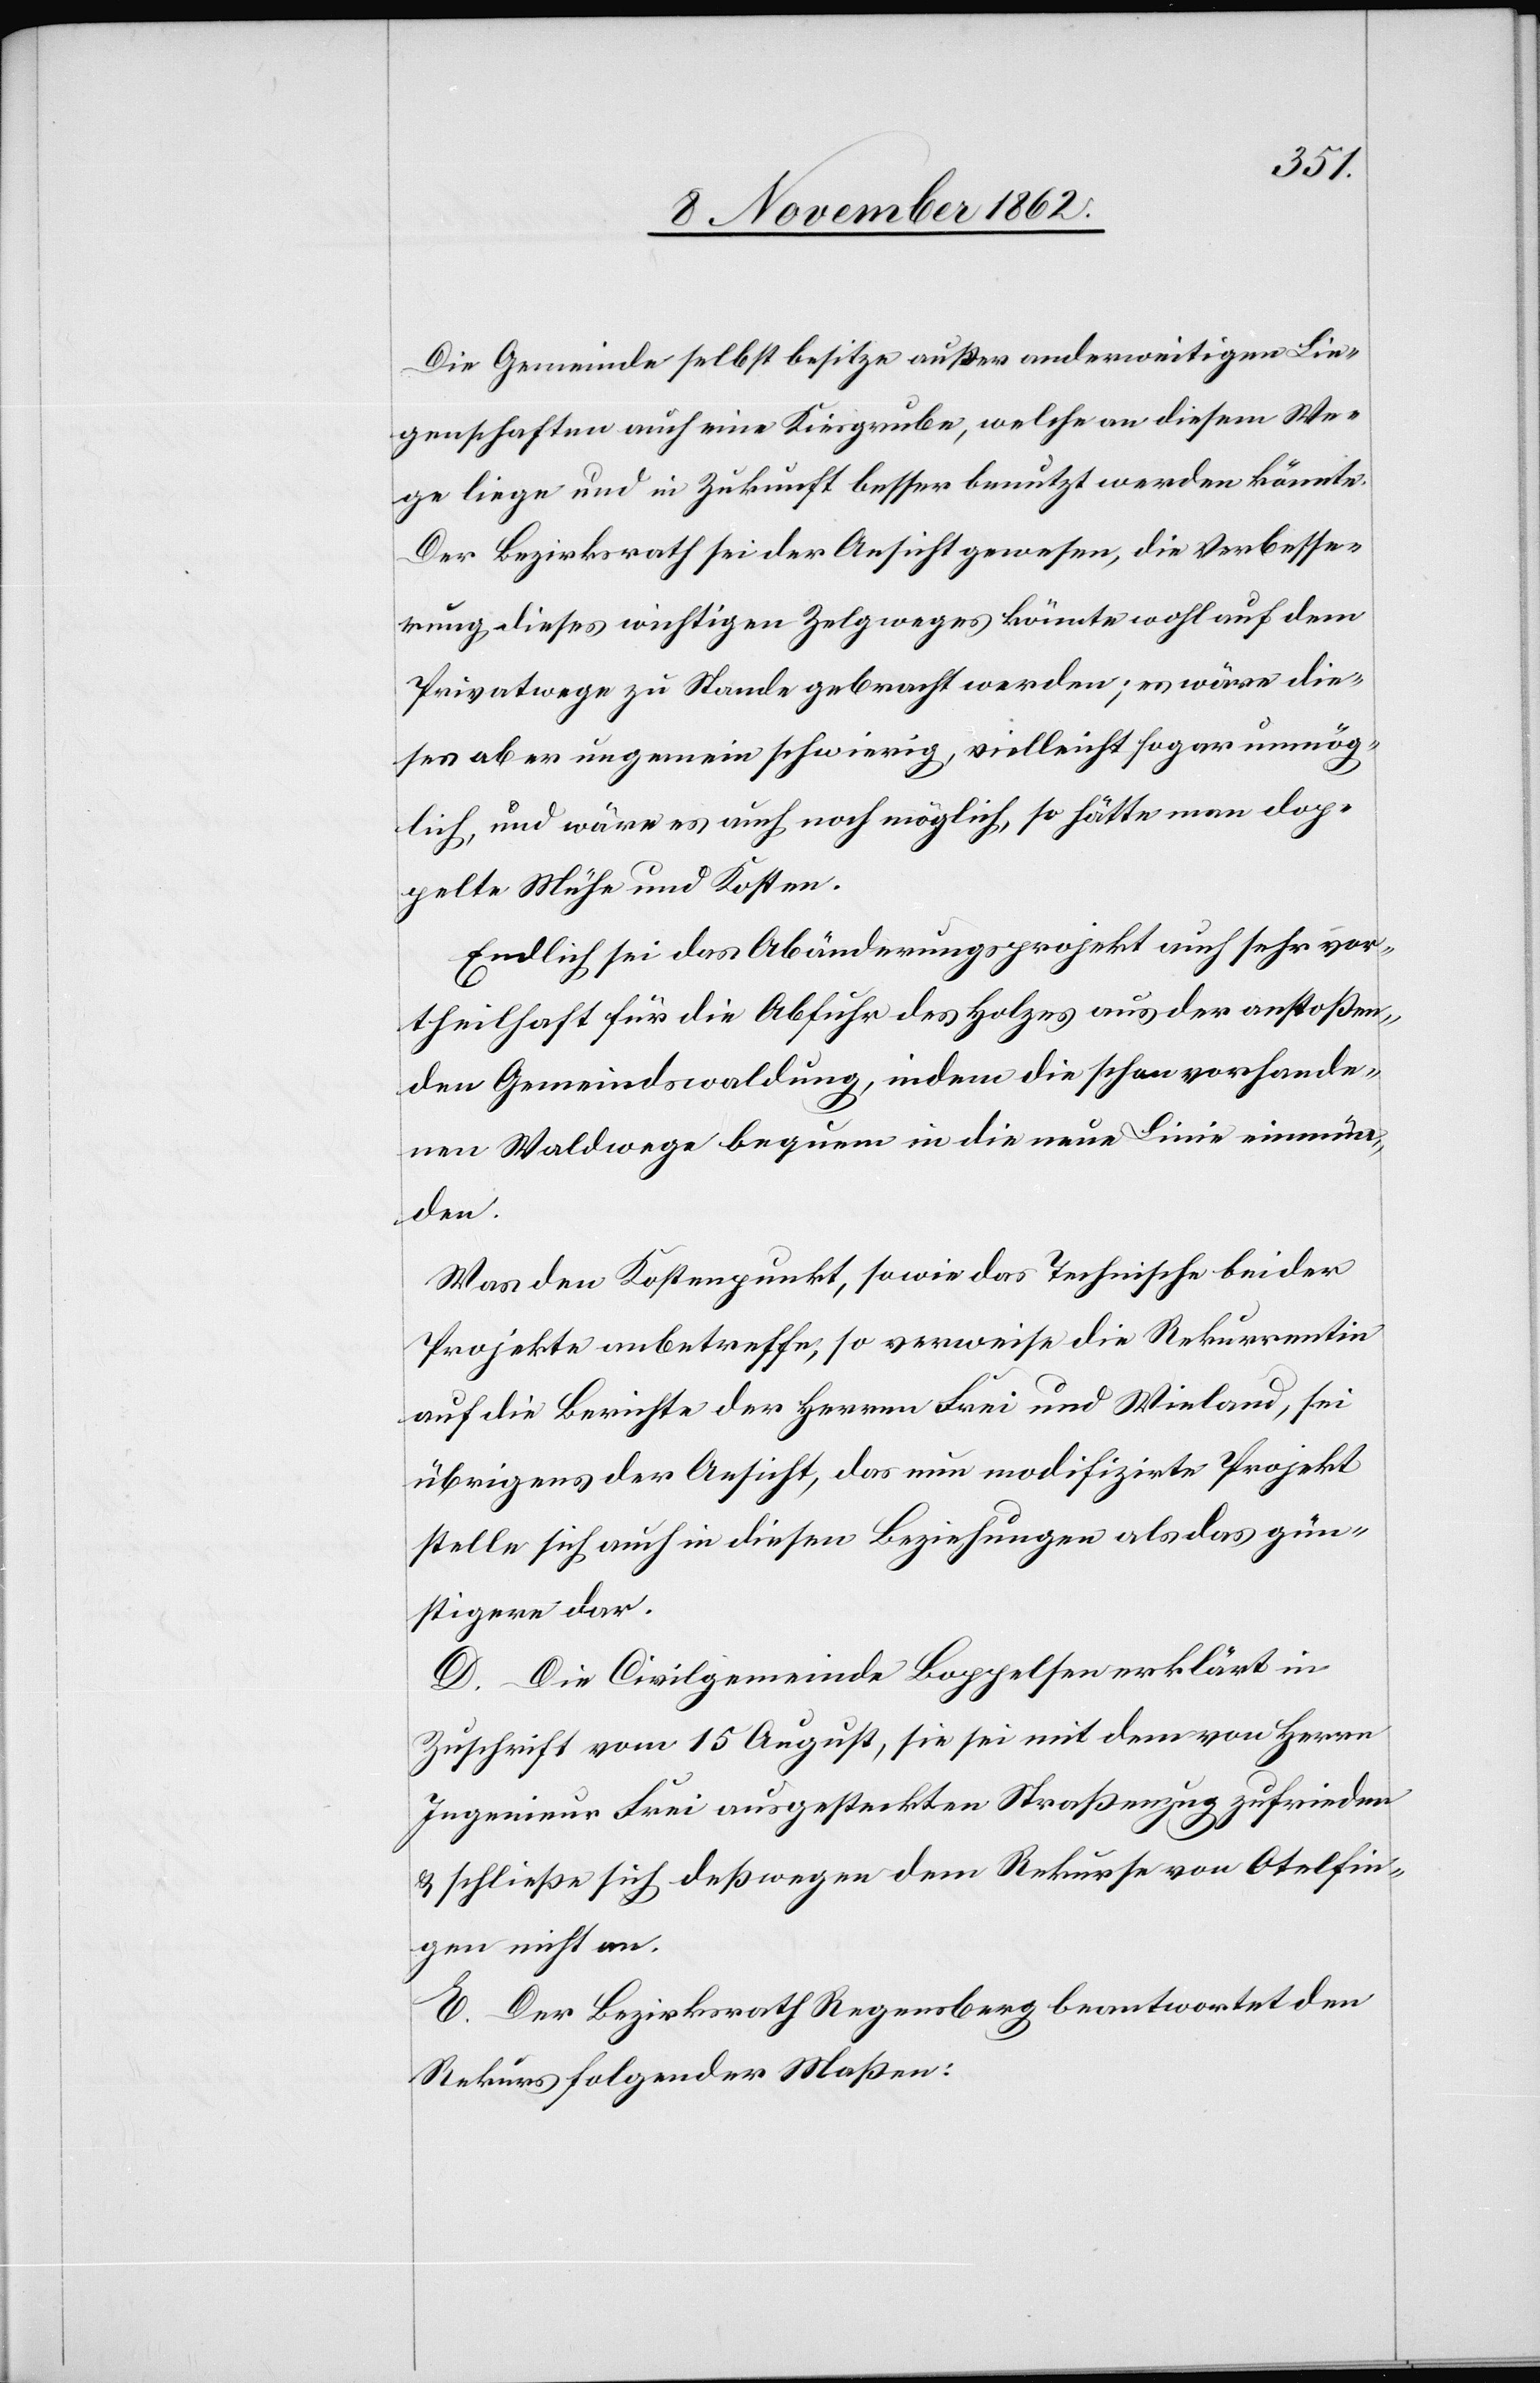
Die Gemeinde selbst besitze außer anderweitigen Lie¬
genschaften auch eine Kiesgrube, welche an diesem We¬
ge liege und in Zukunft besser benutzt werden könnte.
Der Bezirksrath sei der Ansicht gewesen, die Verbesse¬
rung dieses wichtigen Zelgweges könnte wohl auf dem
Privatwege zu Stande gebracht werden; es wäre die¬
ses aber ungemein schwierig, vielleicht sogar unmög¬
lich, und wäre es auch noch möglich, so hätte man dop¬
pelte Mühe und Kosten.
Endlich sei das Abänderungsprojekt auch sehr vor¬
theilhaft für die Abfuhr des Holzes aus der anstoßen¬
den Gemeindswaldung, indem die schon vorhande¬
nen Waldwege bequem in die neue Linie einmün¬
den.
Was den Kostenpunkt, sowie das Technische beider
Projekte anbetreffe, so verweise die Rekurrentin
auf die Berichte der Herren Frei und Wieland, sei
übrigens der Ansicht, das nun modifizirte Projekt
stelle sich auch in diesen Beziehungen als das gün¬
stigere dar.
D. Der Civilgemeinde Boppelsen erklärt in
Zuschrift vom 15. August, sie sei mit dem von Herrn
Ingenieur Frei ausgesteckten Straßenzug zufrieden
u. schließe sich deßwegen dem Rekurse von Otelfin¬
gen nicht an.
E. Der Bezirksrath Regensberg beantwortet den
Rekurs folgender Maßen: